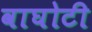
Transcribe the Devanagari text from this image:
वाघोटी